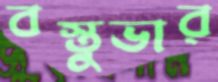
বস্তুভার